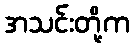
အသင်းတို့က